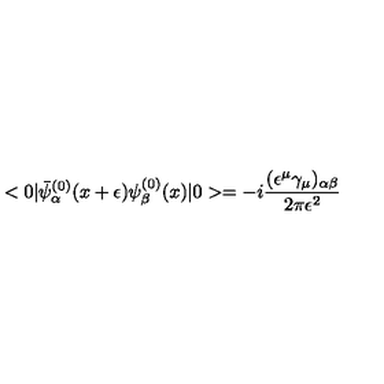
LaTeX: < 0 | { \bar { \psi } } _ { \alpha } ^ { ( 0 ) } ( x + \epsilon ) \psi _ { \beta } ^ { ( 0 ) } ( x ) | 0 > = - i { \frac { ( \epsilon ^ { \mu } \gamma _ { \mu } ) _ { \alpha \beta } } { 2 \pi \epsilon ^ { 2 } } }